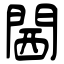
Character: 閪